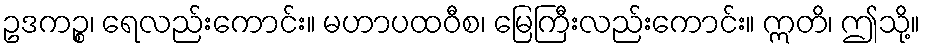
ဥဒကဉ္စ၊ ရေလည်းကောင်း။ မဟာပထဝီစ၊ မြေကြီးလည်းကောင်း။ ဣတိ၊ ဤသို့။